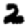
Digit: 2